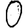
Digit: 0